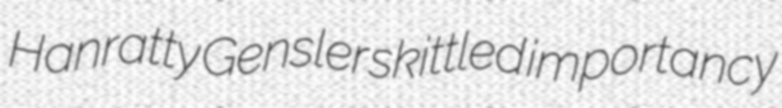
Hanratty Gensler skittled importancy